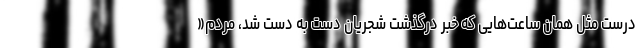
درست مثل همان ساعت‌هایی که خبر درگذشت شجریان دست به دست شد، مردم«